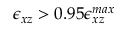
\epsilon _ { x z } > 0 . 9 5 \epsilon _ { x z } ^ { m a x }